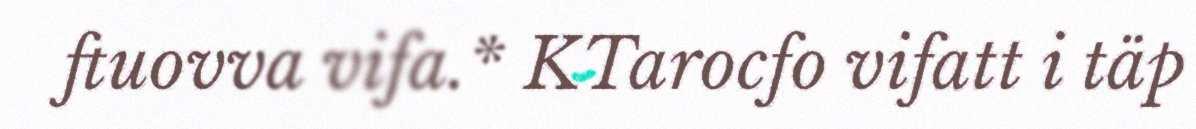
ftuovva vifa.* KTarocfo vifatt i täp